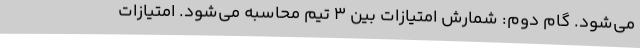
می‌شود. گام دوم: شمارش امتیازات بین ۳ تیم محاسبه می‌شود. امتیازات